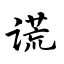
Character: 谎